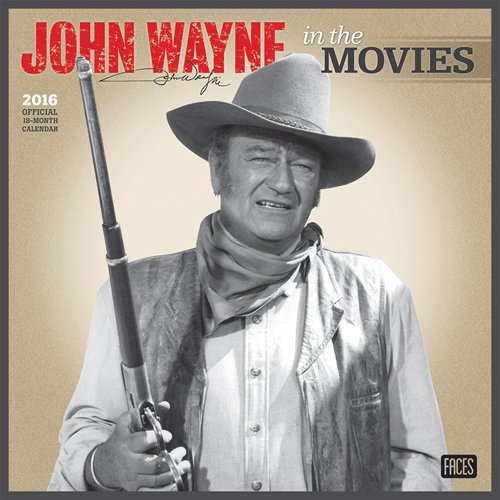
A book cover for John Wayne in the Movies 2016 Square 12x12 (Multilingual Edition); Browntrout Publishers; Calendars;